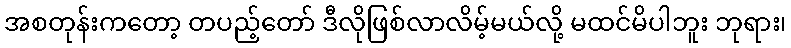
အစတုန်းကတော့ တပည့်တော် ဒီလိုဖြစ်လာလိမ့်မယ်လို့ မထင်မိပါဘူး ဘုရား၊